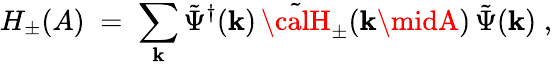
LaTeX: H_{\pm}(A)\; =\; \sum_{\mathbf{k}}{\tilde{{\Psi}}}^{\dagger}(\mathbf{k})\, {\tilde{{\calH}}}_{\pm}(\mathbf{k}\midA)\, {\tilde{{\Psi}}}(\mathbf{k})\; ,